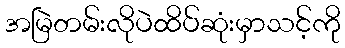
အမြဲတမ်းလိုပဲထိပ်ဆုံးမှာသင့်ကို